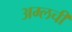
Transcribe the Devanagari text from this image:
अम्लची